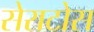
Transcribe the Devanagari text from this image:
सेराटोस